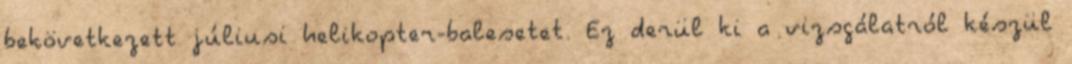
bekövetkezett júliusi helikopter-balesetet. Ez derül ki a vizsgálatról készül